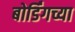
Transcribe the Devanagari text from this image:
बोर्डिंगच्या